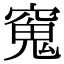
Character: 𫁖